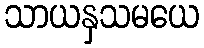
သာယနှသမယေ